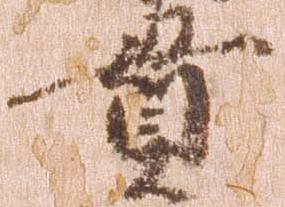
貫